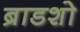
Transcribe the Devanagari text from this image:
ब्राडशो